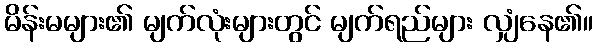
မိန်းမများ၏ မျက်လုံးများတွင် မျက်ရည်များ လျှံနေ၏။